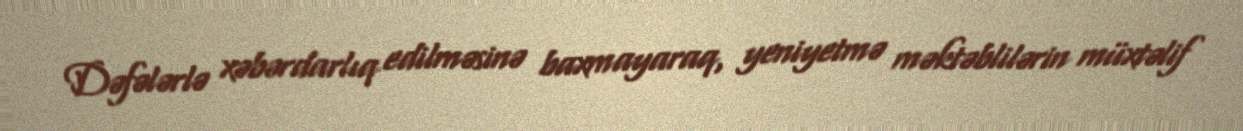
Dəfələrlə xəbərdarlıq edilməsinə baxmayaraq, yeniyetmə məktəblilərin müxtəlif